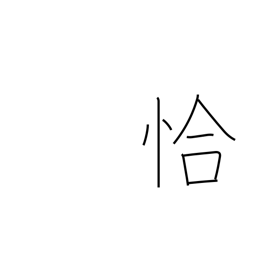
Meaning: just as